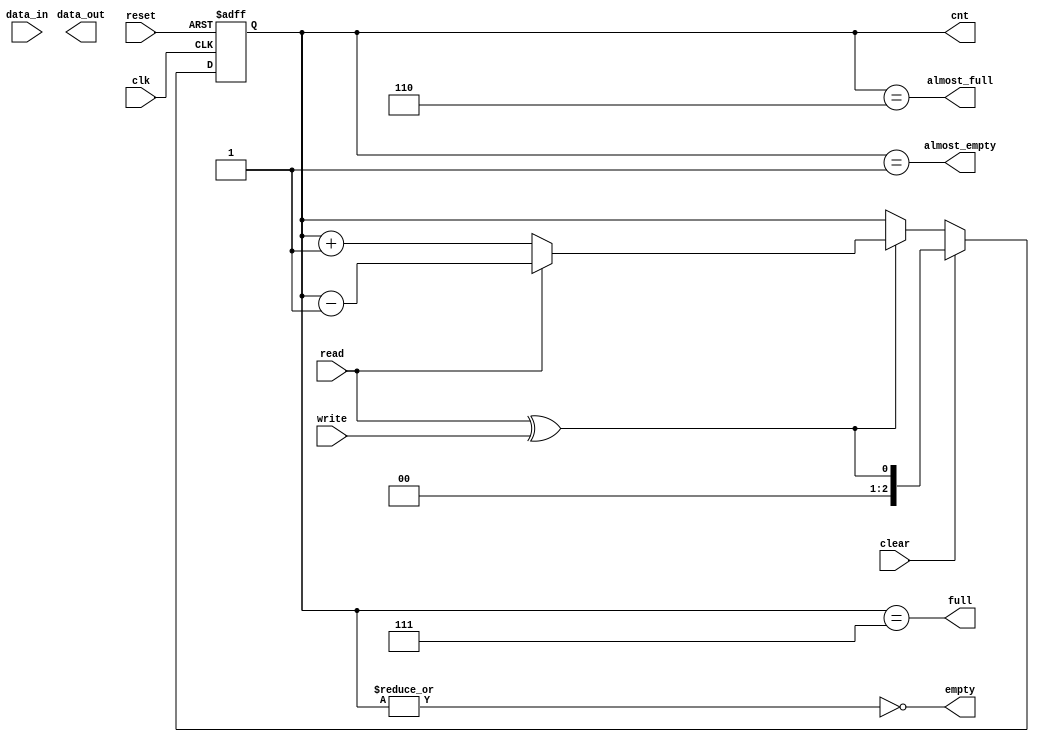
module eth_fifo (data_in, data_out, clk, reset, write, read, clear, 
		 almost_full, full, almost_empty, empty, cnt);

   parameter DATA_WIDTH    = 32;
   parameter DEPTH         = 8;
   parameter CNT_WIDTH     = 3;

   input                     clk;
   input                     reset;
   input                     write;
   input                     read;
   input                     clear;
   input [DATA_WIDTH-1:0]    data_in;

   output [DATA_WIDTH-1:0]   data_out;
   output                    almost_full;
   output                    full;
   output                    almost_empty;
   output                    empty;
   output [CNT_WIDTH-1:0]    cnt;


   reg [CNT_WIDTH-1:0] 	     read_pointer;
   reg [CNT_WIDTH-1:0] 	     cnt;
   
   always @ (posedge clk or posedge reset)
     begin
	if(reset)
	  cnt <= 0;
	else
	  if(clear)
	    cnt <= { {(CNT_WIDTH-1){1'b0}}, read^write};
	  else
	    if(read ^ write)
	      if(read)
		cnt <= cnt - 1;
	      else
		cnt <= cnt + 1;
     end

      
   assign empty = ~(|cnt);
   assign almost_empty = cnt==1;
   assign full  = {{32-CNT_WIDTH{1'b0}},cnt} == (DEPTH-1);
   assign almost_full  = {{32-CNT_WIDTH{1'b0}},cnt} == (DEPTH-2);

   
`ifdef ETH_FIFO_GENERIC

   reg     [DATA_WIDTH-1:0]  fifo  [0:DEPTH-1] /*synthesis syn_ramstyle = "no_rw_check"*/ ;
   
   
   // This should make the synthesis tool infer a RAM
   reg [CNT_WIDTH-1:0] 	     waddr, raddr, raddr_reg;
   reg 			     clear_reg; // Register the clear pulse

   reg 			     fallthrough_read;
   reg [CNT_WIDTH-1:0] 	     fallthrough_read_addr;

   
   always @(posedge clk)
     if (reset)
       fallthrough_read <= 0;
     else
       fallthrough_read <= empty & write;

   always @(posedge clk)
     if (empty & write)
       fallthrough_read_addr <= waddr;   
   
   always @(posedge clk)
     if (reset)
       waddr <= 0;
     else if (write)
       waddr <= waddr + 1;

   always @(posedge clk)
     if (reset)
       raddr <= 0;
     else if (clear)
       raddr <= waddr;
     else if (read | clear_reg)
       raddr <= raddr + 1;
   
   always @ (posedge clk)
     if (write & ~full)
       fifo[waddr] <=  data_in;


   always @(posedge clk)
     clear_reg <= clear;

   always @ (posedge clk)
     if (read | clear_reg)
       raddr_reg <= raddr;
     else if (fallthrough_read) // To pulse RE for fall-through on Xilinx
       raddr_reg <= fallthrough_read_addr;   
   
   assign  data_out = fifo[raddr_reg];

   always @ (posedge clk or posedge reset)
     begin
	if(reset)
	  read_pointer <= 0;
	else
	  if(clear)
	    // Begin read pointer at 1
	    read_pointer <= { {(CNT_WIDTH-1){1'b0}}, 1'b1};
	  else
	    if(read & ~empty)
	      read_pointer <= read_pointer + 1'b1;
     end


`else // !`ifdef ETH_FIFO_GENERIC

   reg     [CNT_WIDTH-1:0]   write_pointer;


   always @ (posedge clk or posedge reset)
     begin
	if(reset)
	  read_pointer <= 0;
	else
	  if(clear)
	    read_pointer <= { {(CNT_WIDTH-1){1'b0}}, read};
	  else
	    if(read & ~empty)
	      read_pointer <= read_pointer + 1'b1;
     end

   always @ (posedge clk or posedge reset)
     begin
	if(reset)
	  write_pointer <= 0;
	else
	  if(clear)
	    write_pointer <= { {(CNT_WIDTH-1){1'b0}}, write};
	  else
	    if(write & ~full)
	      write_pointer <= write_pointer + 1'b1;
     end // always @ (posedge clk or posedge reset)

`endif // !`ifdef ETH_FIFO_GENERIC
   
 `ifdef ETH_FIFO_XILINX

   generate
      if (CNT_WIDTH==4)
	begin
	   xilinx_dist_ram_16x32 fifo
	     ( .data_out(data_out), 
	       .we(write & ~full),
	       .data_in(data_in),
	       .read_address( clear ? {CNT_WIDTH-1{1'b0}} : read_pointer[3:0]),
	       .write_address(clear ? {CNT_WIDTH-1{1'b0}} : write_pointer[3:0]),
	       .wclk(clk)
	       );
	end // if (CNT_WIDTH==4)
      else if (CNT_WIDTH==6)
	begin

	   wire  [DATA_WIDTH-1:0]  data_out0;
	   wire [DATA_WIDTH-1:0]   data_out1;
	   wire [DATA_WIDTH-1:0]   data_out2;
	   wire [DATA_WIDTH-1:0]   data_out3;
	   
	   wire 		   we_ram0,we_ram1,we_ram2,we_ram3;

	   assign we_ram0 = (write_pointer[5:4]==2'b00);
	   assign we_ram1 = (write_pointer[5:4]==2'b01);
	   assign we_ram2 = (write_pointer[5:4]==2'b10);
	   assign we_ram3 = (write_pointer[5:4]==2'b11);
	   
	   assign data_out = (read_pointer[5:4]==2'b11) ? data_out3 :
			     (read_pointer[5:4]==2'b10) ? data_out2 :
			     (read_pointer[5:4]==2'b01) ? data_out1 : data_out0;
	   
	   xilinx_dist_ram_16x32 fifo0
	     ( .data_out(data_out0), 
	       .we(write & ~full & we_ram0),
	       .data_in(data_in),
	       .read_address( clear ? {CNT_WIDTH-1{1'b0}} : read_pointer[3:0]),
	       .write_address(clear ? {CNT_WIDTH-1{1'b0}} : write_pointer[3:0]),
	       .wclk(clk)
	       );
	   
	   xilinx_dist_ram_16x32 fifo1
	     ( .data_out(data_out1), 
	       .we(write & ~full & we_ram1),
	       .data_in(data_in),
	       .read_address( clear ? {CNT_WIDTH-1{1'b0}} : read_pointer[3:0]),
	       .write_address(clear ? {CNT_WIDTH-1{1'b0}} : write_pointer[3:0]),
	       .wclk(clk)
	       );

	   xilinx_dist_ram_16x32 fifo2
	     ( .data_out(data_out2), 
	       .we(write & ~full & we_ram2),
	       .data_in(data_in),
	       .read_address( clear ? {CNT_WIDTH-1{1'b0}} : read_pointer[3:0]),
	       .write_address(clear ? {CNT_WIDTH-1{1'b0}} : write_pointer[3:0]),
	       .wclk(clk)
	       );
	   
	   xilinx_dist_ram_16x32 fifo3
	     ( .data_out(data_out3), 
	       .we(write & ~full & we_ram3),
	       .data_in(data_in),
	       .read_address( clear ? {CNT_WIDTH-1{1'b0}} : read_pointer[3:0]),
	       .write_address(clear ? {CNT_WIDTH-1{1'b0}} : write_pointer[3:0]),
	       .wclk(clk)
	       );    
	end // if (CNT_WIDTH==6)
      
   endgenerate
 `endif //  `ifdef ETH_FIFO_XILINX

   `ifdef ETH_FIFO_RAMB18

   wire [8:0] 			   read_pointer_to_xilinx_ram;
   wire [8:0] 			   read_pointer_preincremented;
   assign read_pointer_preincremented = read_pointer + 1;
   
   assign read_pointer_to_xilinx_ram = (read) ? 
				       read_pointer_preincremented :
				       read_pointer;
   
   wire [8:0] 			   write_pointer_to_xilinx_ram;
   assign write_pointer_to_xilinx_ram = {{(9-CNT_WIDTH){1'b0}},write_pointer};
   
   // synthesis translate_off
   // Port A - Write
   // Port B - Rread
   BLK_MEM_GEN_V3_1 #(
		      .C_ADDRA_WIDTH(9),
		      .C_ADDRB_WIDTH(9),
		      .C_ALGORITHM(1),
		      .C_BYTE_SIZE(9),
		      .C_COMMON_CLK(0),
		      .C_DEFAULT_DATA("0"),
		      .C_DISABLE_WARN_BHV_COLL(0),
		      .C_DISABLE_WARN_BHV_RANGE(0),
		      .C_FAMILY("virtex5"),
		      .C_HAS_ENA(0),
		      .C_HAS_ENB(0),
		      .C_HAS_INJECTERR(0),
		      .C_HAS_MEM_OUTPUT_REGS_A(0),
		      .C_HAS_MEM_OUTPUT_REGS_B(0),
		      .C_HAS_MUX_OUTPUT_REGS_A(0),
		      .C_HAS_MUX_OUTPUT_REGS_B(0),
		      .C_HAS_REGCEA(0),
		      .C_HAS_REGCEB(0),
		      .C_HAS_RSTA(0),
		      .C_HAS_RSTB(0),
		      .C_INITA_VAL("0"),
		      .C_INITB_VAL("0"),
		      .C_INIT_FILE_NAME("no_coe_file_loaded"),
		      .C_LOAD_INIT_FILE(0),
		      .C_MEM_TYPE(1),
		      .C_MUX_PIPELINE_STAGES(0),
		      .C_PRIM_TYPE(1),
		      .C_READ_DEPTH_A(512),
		      .C_READ_DEPTH_B(512),
		      .C_READ_WIDTH_A(32),
		      .C_READ_WIDTH_B(32),
		      .C_RSTRAM_A(0),
		      .C_RSTRAM_B(0),
		      .C_RST_PRIORITY_A("CE"),
		      .C_RST_PRIORITY_B("CE"),
		      .C_RST_TYPE("SYNC"),
		      .C_SIM_COLLISION_CHECK("WARNING_ONLY"),
		      .C_USE_BYTE_WEA(0),
		      .C_USE_BYTE_WEB(0),
		      .C_USE_DEFAULT_DATA(0),
		      .C_USE_ECC(0),
		      .C_WEA_WIDTH(1),
		      .C_WEB_WIDTH(1),
		      .C_WRITE_DEPTH_A(512),
		      .C_WRITE_DEPTH_B(512),
		      .C_WRITE_MODE_A("WRITE_FIRST"),
		      .C_WRITE_MODE_B("READ_FIRST"),
		      .C_WRITE_WIDTH_A(32),
		      .C_WRITE_WIDTH_B(32),
		      .C_XDEVICEFAMILY("virtex5"))
   inst (
	 .CLKA(clk),
	 .WEA(write),
	 .ADDRA(write_pointer_to_xilinx_ram),
	 .DINA(data_in),
	 .CLKB(clk),
	 .ADDRB(read_pointer_to_xilinx_ram),
	 .DOUTB(data_out),
	 .RSTA(reset),
	 .ENA(),
	 .REGCEA(),
	 .DOUTA(),
	 .RSTB(),
	 .ENB(),
	 .REGCEB(),
	 .WEB(),
	 .DINB(),
	 .INJECTSBITERR(),
	 .INJECTDBITERR(),
	 .SBITERR(),
	 .DBITERR(),
	 .RDADDRECC()
	 );
   // synthesis translate_on
   `endif //  `ifdef ETH_FIFO_RAMB18
   
   
   
 `ifdef ETH_ALTERA_ALTSYNCRAM
   altera_dpram_16x32	altera_dpram_16x32_inst
   (
    .data             (data_in),
    .wren             (write & ~full),
    .wraddress        (clear ? {CNT_WIDTH-1{1'b0}} : write_pointer),
    .rdaddress        (clear ? {CNT_WIDTH-1{1'b0}} : read_pointer ),
    .clock            (clk),
    .q                (data_out)
    );  //exemplar attribute altera_dpram_16x32_inst NOOPT TRUE
 `endif //  `ifdef ETH_ALTERA_ALTSYNCRAM
   

endmodule